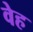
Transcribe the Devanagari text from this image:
वेह